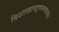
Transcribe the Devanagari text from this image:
विशाखापट्टणमच्याबाहेर